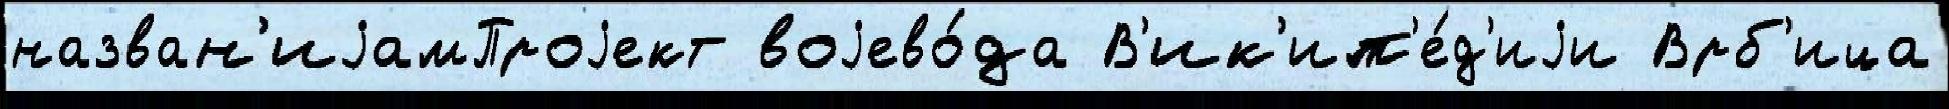
назван'иjамПроjект воjево́да В'ик'ип'е́д'иjи Врб'ица